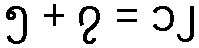
၅ + ၇ = ၁၂